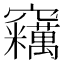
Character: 𱷡